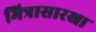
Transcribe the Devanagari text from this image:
मित्रासारखा